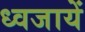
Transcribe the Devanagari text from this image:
ध्वजायें